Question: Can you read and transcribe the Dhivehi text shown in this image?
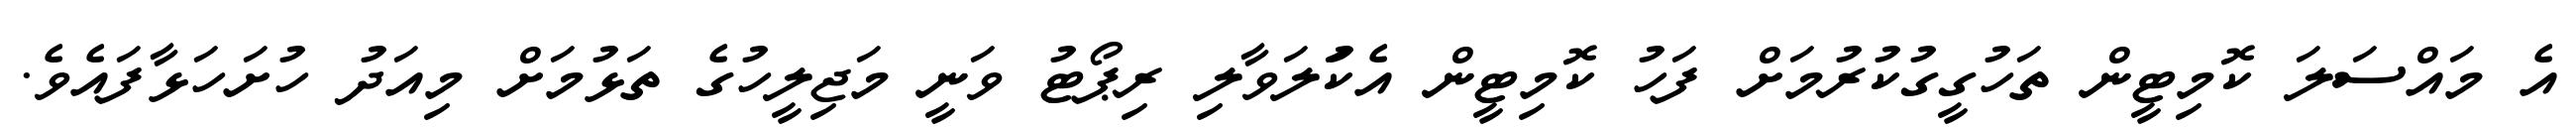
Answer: އެ މައްސަލަ ކޮމިޓީން ތަހުގީގުކުރުމަށް ފަހު ކޮމިޓީން އެކުަލަވާލި ރިޕޯޓު ވަނީ މަޖިލީހުގެ ތަޅުމަށް މިއަދު ހުށަހަޅާފައެވެ.